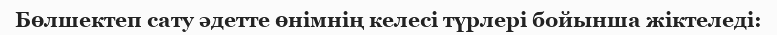
Бөлшектеп сату әдетте өнімнің келесі түрлері бойынша жіктеледі: